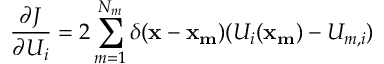
\frac { \partial J } { \partial U _ { i } } = 2 \sum _ { m = 1 } ^ { N _ { m } } \delta ( \mathbf { x } - \mathbf { x _ { m } } ) ( U _ { i } ( \mathbf { x _ { m } } ) - U _ { m , i } )